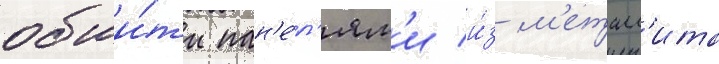
обши́ты пан'е́л'ям'и и́з м'еталл'ита